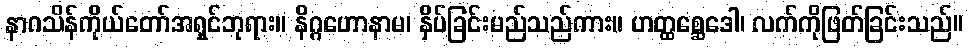
နာဂသိန်ကိုယ်တော်အရှင်ဘုရား။ နိဂ္ဂဟောနာမ၊ နှိပ်ခြင်းမည်သည်ကား။ ဟတ္ထစ္ဆေဒေါ၊ လက်ကိုဖြတ်ခြင်းသည်။